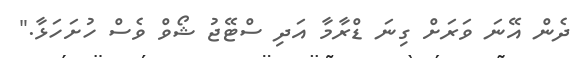
ދެން އޭނަ ވަރަށް ގިނަ ޑްރާމާ އަދި ސްޓޭޖު ޝޯވް ވެސް ހުށަހަޅާ."